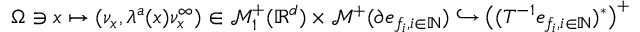
\begin{array} { r } { \Omega \ni x \mapsto ( \nu _ { x } , \lambda ^ { a } ( x ) \nu _ { x } ^ { \infty } ) \in \mathcal { M } _ { 1 } ^ { + } ( \mathbb { R } ^ { d } ) \times \mathcal { M } ^ { + } ( \partial e _ { f _ { i } , i \in \mathbb { N } } ) \hookrightarrow \big ( ( T ^ { - 1 } e _ { f _ { i } , i \in \mathbb { N } } ) ^ { * } \big ) ^ { + } } \end{array}